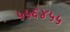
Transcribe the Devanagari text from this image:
५५६४५५